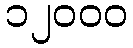
၁၂၀၀၀